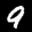
Label: 9